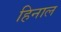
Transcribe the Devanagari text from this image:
हिनाल